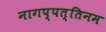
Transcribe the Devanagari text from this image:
नागप्पत्तिनम